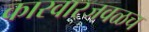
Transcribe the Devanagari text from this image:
कारवारजवळच